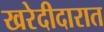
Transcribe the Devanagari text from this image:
खरेदीदारात